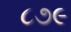
૮૭૯